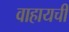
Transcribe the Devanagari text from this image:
वाहायची